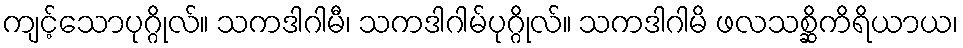
ကျင့်သောပုဂ္ဂိုလ်။ သကဒါဂါမီ၊ သကဒါဂါမ်ပုဂ္ဂိုလ်။ သကဒါဂါမိ ဖလသစ္ဆိကိရိယာယ၊